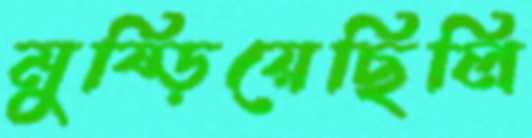
মুষ্‌ড়িয়েছিলি